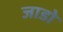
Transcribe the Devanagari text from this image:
जाडो